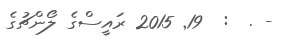
- .  :  19